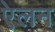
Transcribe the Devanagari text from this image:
एेलन